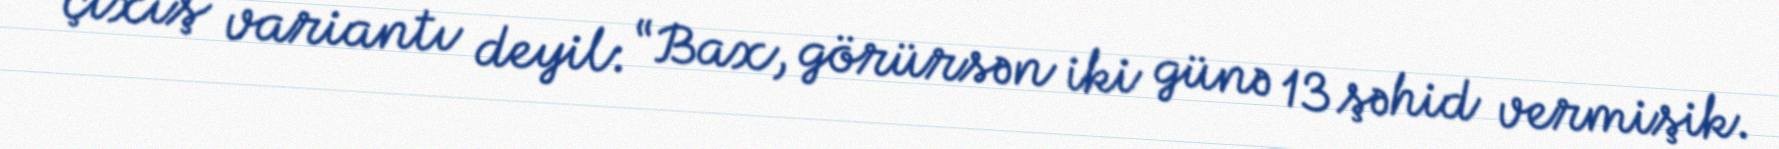
çıxış variantı deyil: “Bax, görürsən iki günə 13 şəhid vermişik.